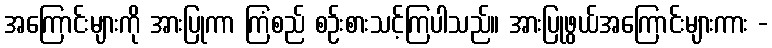
အကြောင်းများကို အားပြုကာ ကြံစည် စဉ်းစားသင့်ကြပါသည်။ အားပြုဖွယ်အကြောင်းများကား -